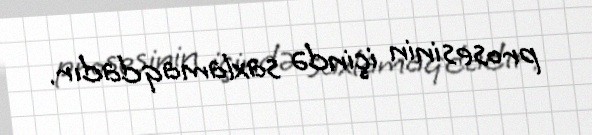
prosesinin içində saxlamaqdadır.